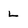
Character: L